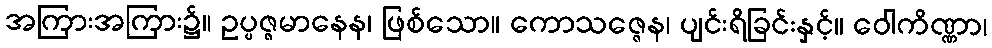
အကြားအကြား၌။ ဥပ္ပဇ္ဇမာနေန၊ ဖြစ်သော။ ကောသဇ္ဇေန၊ ပျင်းရိခြင်းနှင့်။ ဝေါကိဏ္ဏာ၊